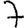
Digit: 7